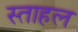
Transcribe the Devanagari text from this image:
स्ताहल